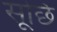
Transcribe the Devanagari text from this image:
सूछि